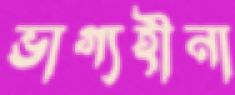
ভাগ্যহীনা